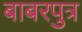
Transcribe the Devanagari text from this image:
बाबरपुत्र